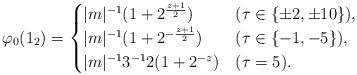
LaTeX: \begin{align*}\varphi_0(1_2)=\begin{cases}|m|^{-1}(1+2^{\frac{z+1}{2}}) & (\tau \in \{\pm2, \pm10\}), \\|m|^{-1}(1+2^{-\frac{z+1}{2}}) & (\tau \in \{-1,-5 \}), \\|m|^{-1}3^{-1}2(1+2^{-z}) & (\tau =5).\end{cases}\end{align*}